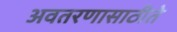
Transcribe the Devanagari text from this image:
अवतरणासाठीते